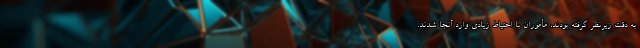
به دقت زیرنظر گرفته بودند، مأموران با احتیاط زیادی وارد آنجا شدند.